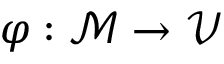
\varphi : \mathcal { M } \to \mathcal { V }